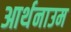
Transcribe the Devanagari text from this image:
आर्थनाउम